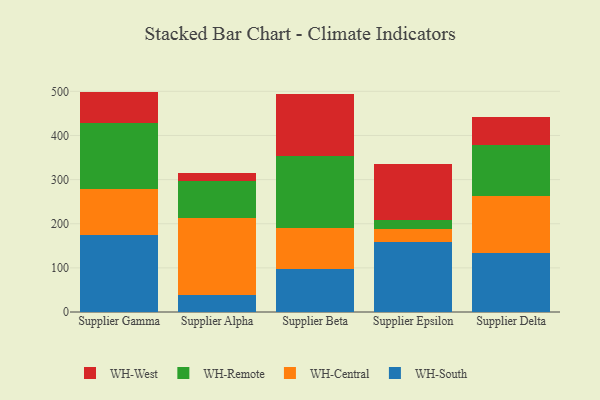
{"axis": {"x": "Supplier", "y": "Waste Production (Tons)"}, "legend": ["WH-Central", "WH-Remote", "WH-South", "WH-West"], "data": [{"x": "Supplier Gamma", "y": 175.1, "type": "WH-South"}, {"x": "Supplier Gamma", "y": 103.0, "type": "WH-Central"}, {"x": "Supplier Gamma", "y": 150.0, "type": "WH-Remote"}, {"x": "Supplier Gamma", "y": 71.3, "type": "WH-West"}, {"x": "Supplier Alpha", "y": 38.3, "type": "WH-South"}, {"x": "Supplier Alpha", "y": 174.0, "type": "WH-Central"}, {"x": "Supplier Alpha", "y": 85.4, "type": "WH-Remote"}, {"x": "Supplier Alpha", "y": 17.9, "type": "WH-West"}, {"x": "Supplier Beta", "y": 98.1, "type": "WH-South"}, {"x": "Supplier Beta", "y": 91.4, "type": "WH-Central"}, {"x": "Supplier Beta", "y": 163.5, "type": "WH-Remote"}, {"x": "Supplier Beta", "y": 141.0, "type": "WH-West"}, {"x": "Supplier Epsilon", "y": 158.0, "type": "WH-South"}, {"x": "Supplier Epsilon", "y": 29.4, "type": "WH-Central"}, {"x": "Supplier Epsilon", "y": 20.1, "type": "WH-Remote"}, {"x": "Supplier Epsilon", "y": 128.2, "type": "WH-West"}, {"x": "Supplier Delta", "y": 134.1, "type": "WH-South"}, {"x": "Supplier Delta", "y": 129.2, "type": "WH-Central"}, {"x": "Supplier Delta", "y": 116.2, "type": "WH-Remote"}, {"x": "Supplier Delta", "y": 62.2, "type": "WH-West"}]}